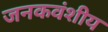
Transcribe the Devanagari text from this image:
जनकवंशीय